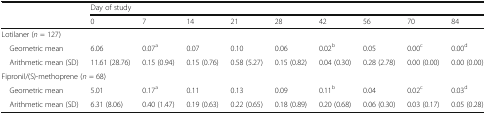
<table><thead><tr><td rowspan="2"></td><td colspan="9"><b>Day of study</b></td></tr><tr><td><b>0</b></td><td><b>7</b></td><td><b>14</b></td><td><b>21</b></td><td><b>28</b></td><td><b>42</b></td><td><b>56</b></td><td><b>70</b></td><td><b>84</b></td></tr></thead><tbody><tr><td colspan="10">Lotilaner (<i>n</i> = 127)</td></tr><tr><td> Geometric mean</td><td>6.06</td><td>0.07<sup>a</sup></td><td>0.07</td><td>0.10</td><td>0.06</td><td>0.02<sup>b</sup></td><td>0.05</td><td>0.00<sup>c</sup></td><td>0.00<sup>d</sup></td></tr><tr><td> Arithmetic mean (SD)</td><td>11.61 (28.76)</td><td>0.15 (0.94)</td><td>0.15 (0.76)</td><td>0.58 (5.27)</td><td>0.15 (0.82)</td><td>0.04 (0.30)</td><td>0.28 (2.78)</td><td>0.00 (0.00)</td><td>0.00 (0.00)</td></tr><tr><td colspan="10">Fipronil/(S)-methoprene (<i>n</i> = 68)</td></tr><tr><td> Geometric mean</td><td>5.01</td><td>0.17<sup>a</sup></td><td>0.11</td><td>0.13</td><td>0.09</td><td>0.11<sup>b</sup></td><td>0.04</td><td>0.02<sup>c</sup></td><td>0.03<sup>d</sup></td></tr><tr><td> Arithmetic mean (SD)</td><td>6.31 (8.06)</td><td>0.40 (1.47)</td><td>0.19 (0.63)</td><td>0.22 (0.65)</td><td>0.18 (0.89)</td><td>0.20 (0.68)</td><td>0.06 (0.30)</td><td>0.03 (0.17)</td><td>0.05 (0.28)</td></tr></tbody></table>